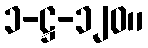
၁-ဋ္ဌ-၁၂၀။